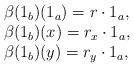
LaTeX: \begin{align*}\begin{array}{l} \beta(1_b)(1_a) = r\cdot 1_a,\\ \beta(1_b)(x) = r_x\cdot 1_a,\\ \beta(1_b)(y) = r_y\cdot 1_a,\end{array}\end{align*}